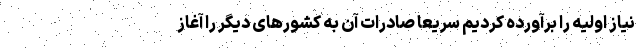
نیاز اولیه را برآورده کردیم سریعا صادرات آن به کشورهای دیگر را آغاز